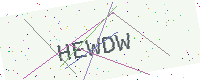
Text: HEWDW